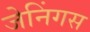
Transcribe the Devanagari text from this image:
जेनिंगस